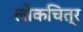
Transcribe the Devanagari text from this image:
लोकचित्र